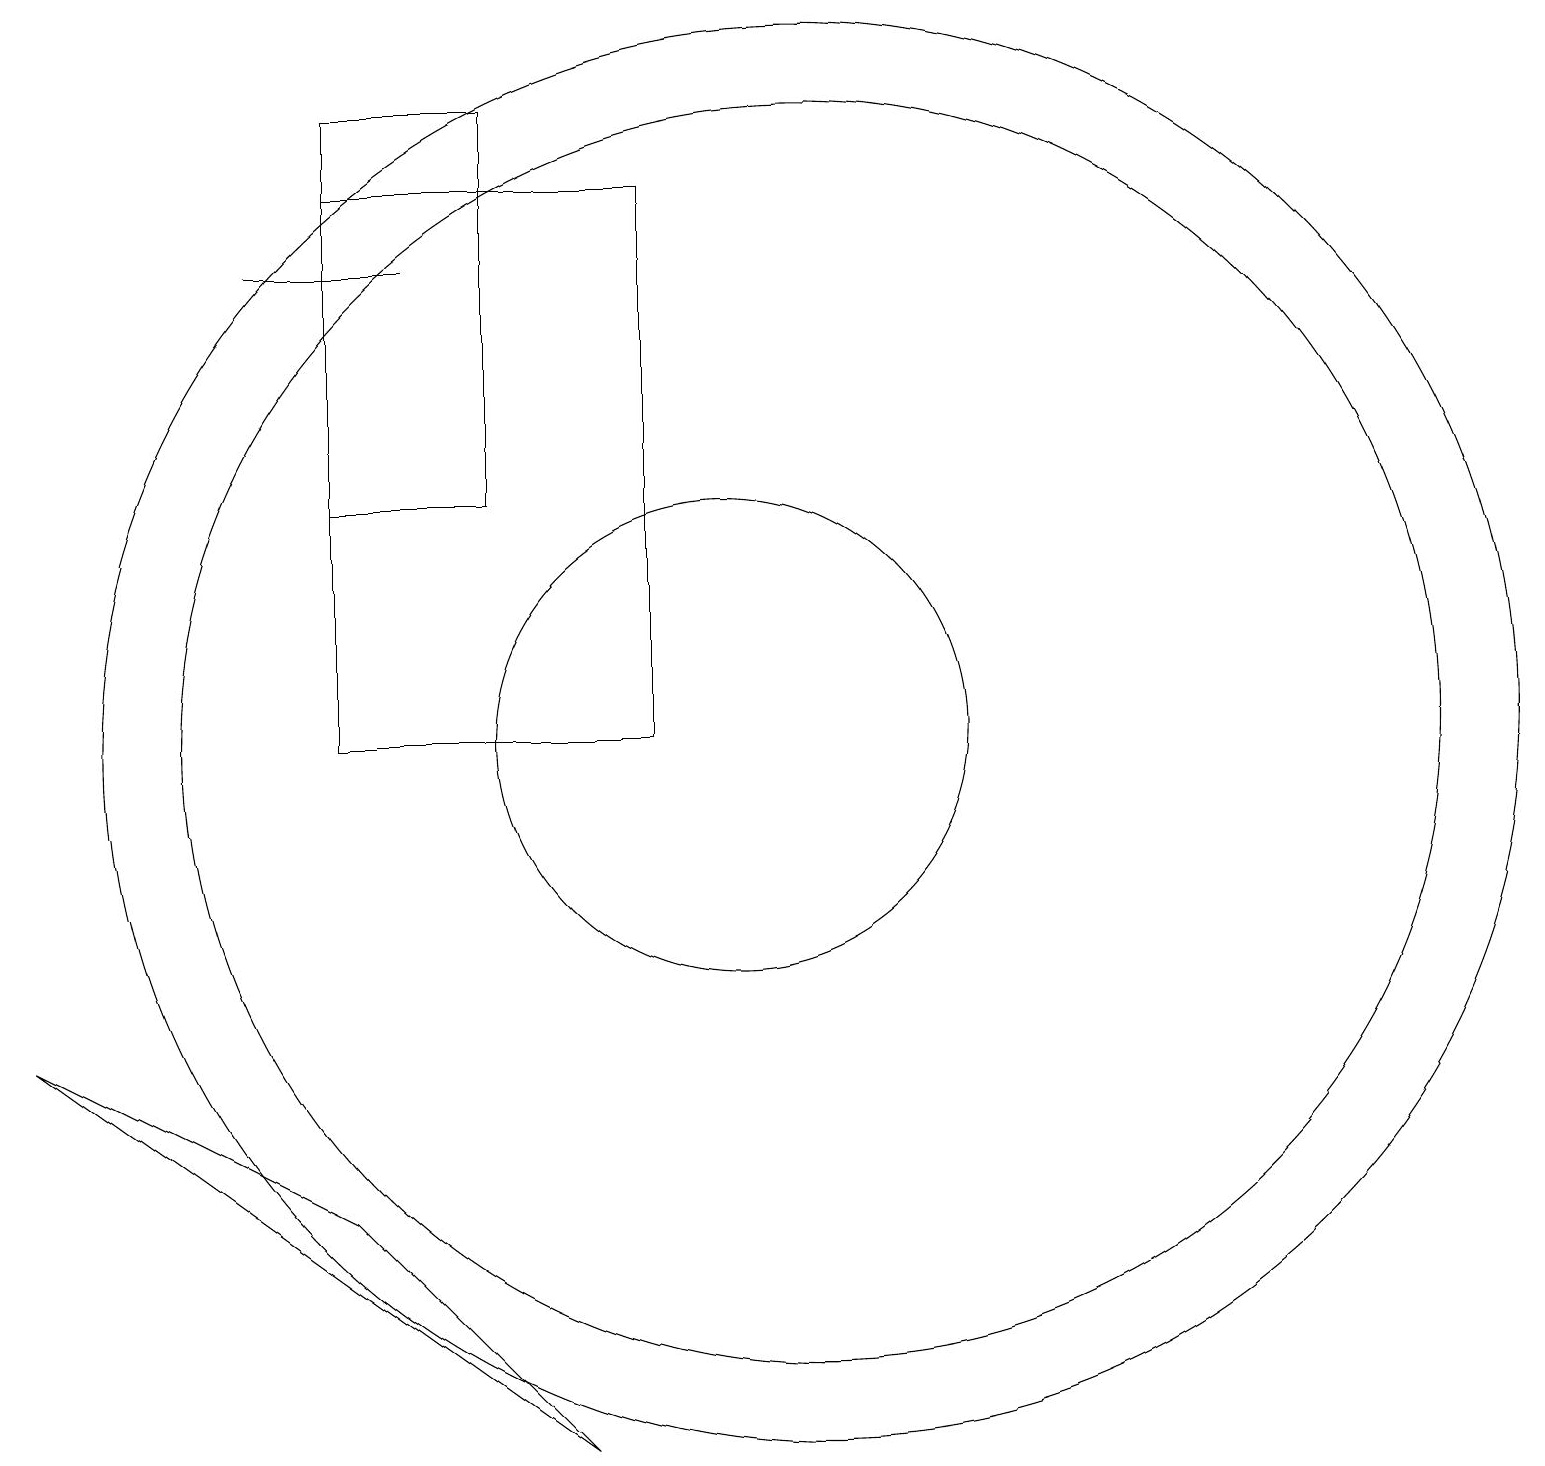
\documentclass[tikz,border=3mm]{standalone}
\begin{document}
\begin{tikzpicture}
\draw (11,11) circle (8);
\draw (6,17) rectangle (4,17);
\draw (1,7) -- (8,2) -- (5,5) -- cycle;
\draw (11,11) circle (9);
\draw (12,10) circle (0);
\draw (9,11) rectangle (5,18);
\draw (10,11) circle (3);
\draw (5,19) rectangle (7,14);
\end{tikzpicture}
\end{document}